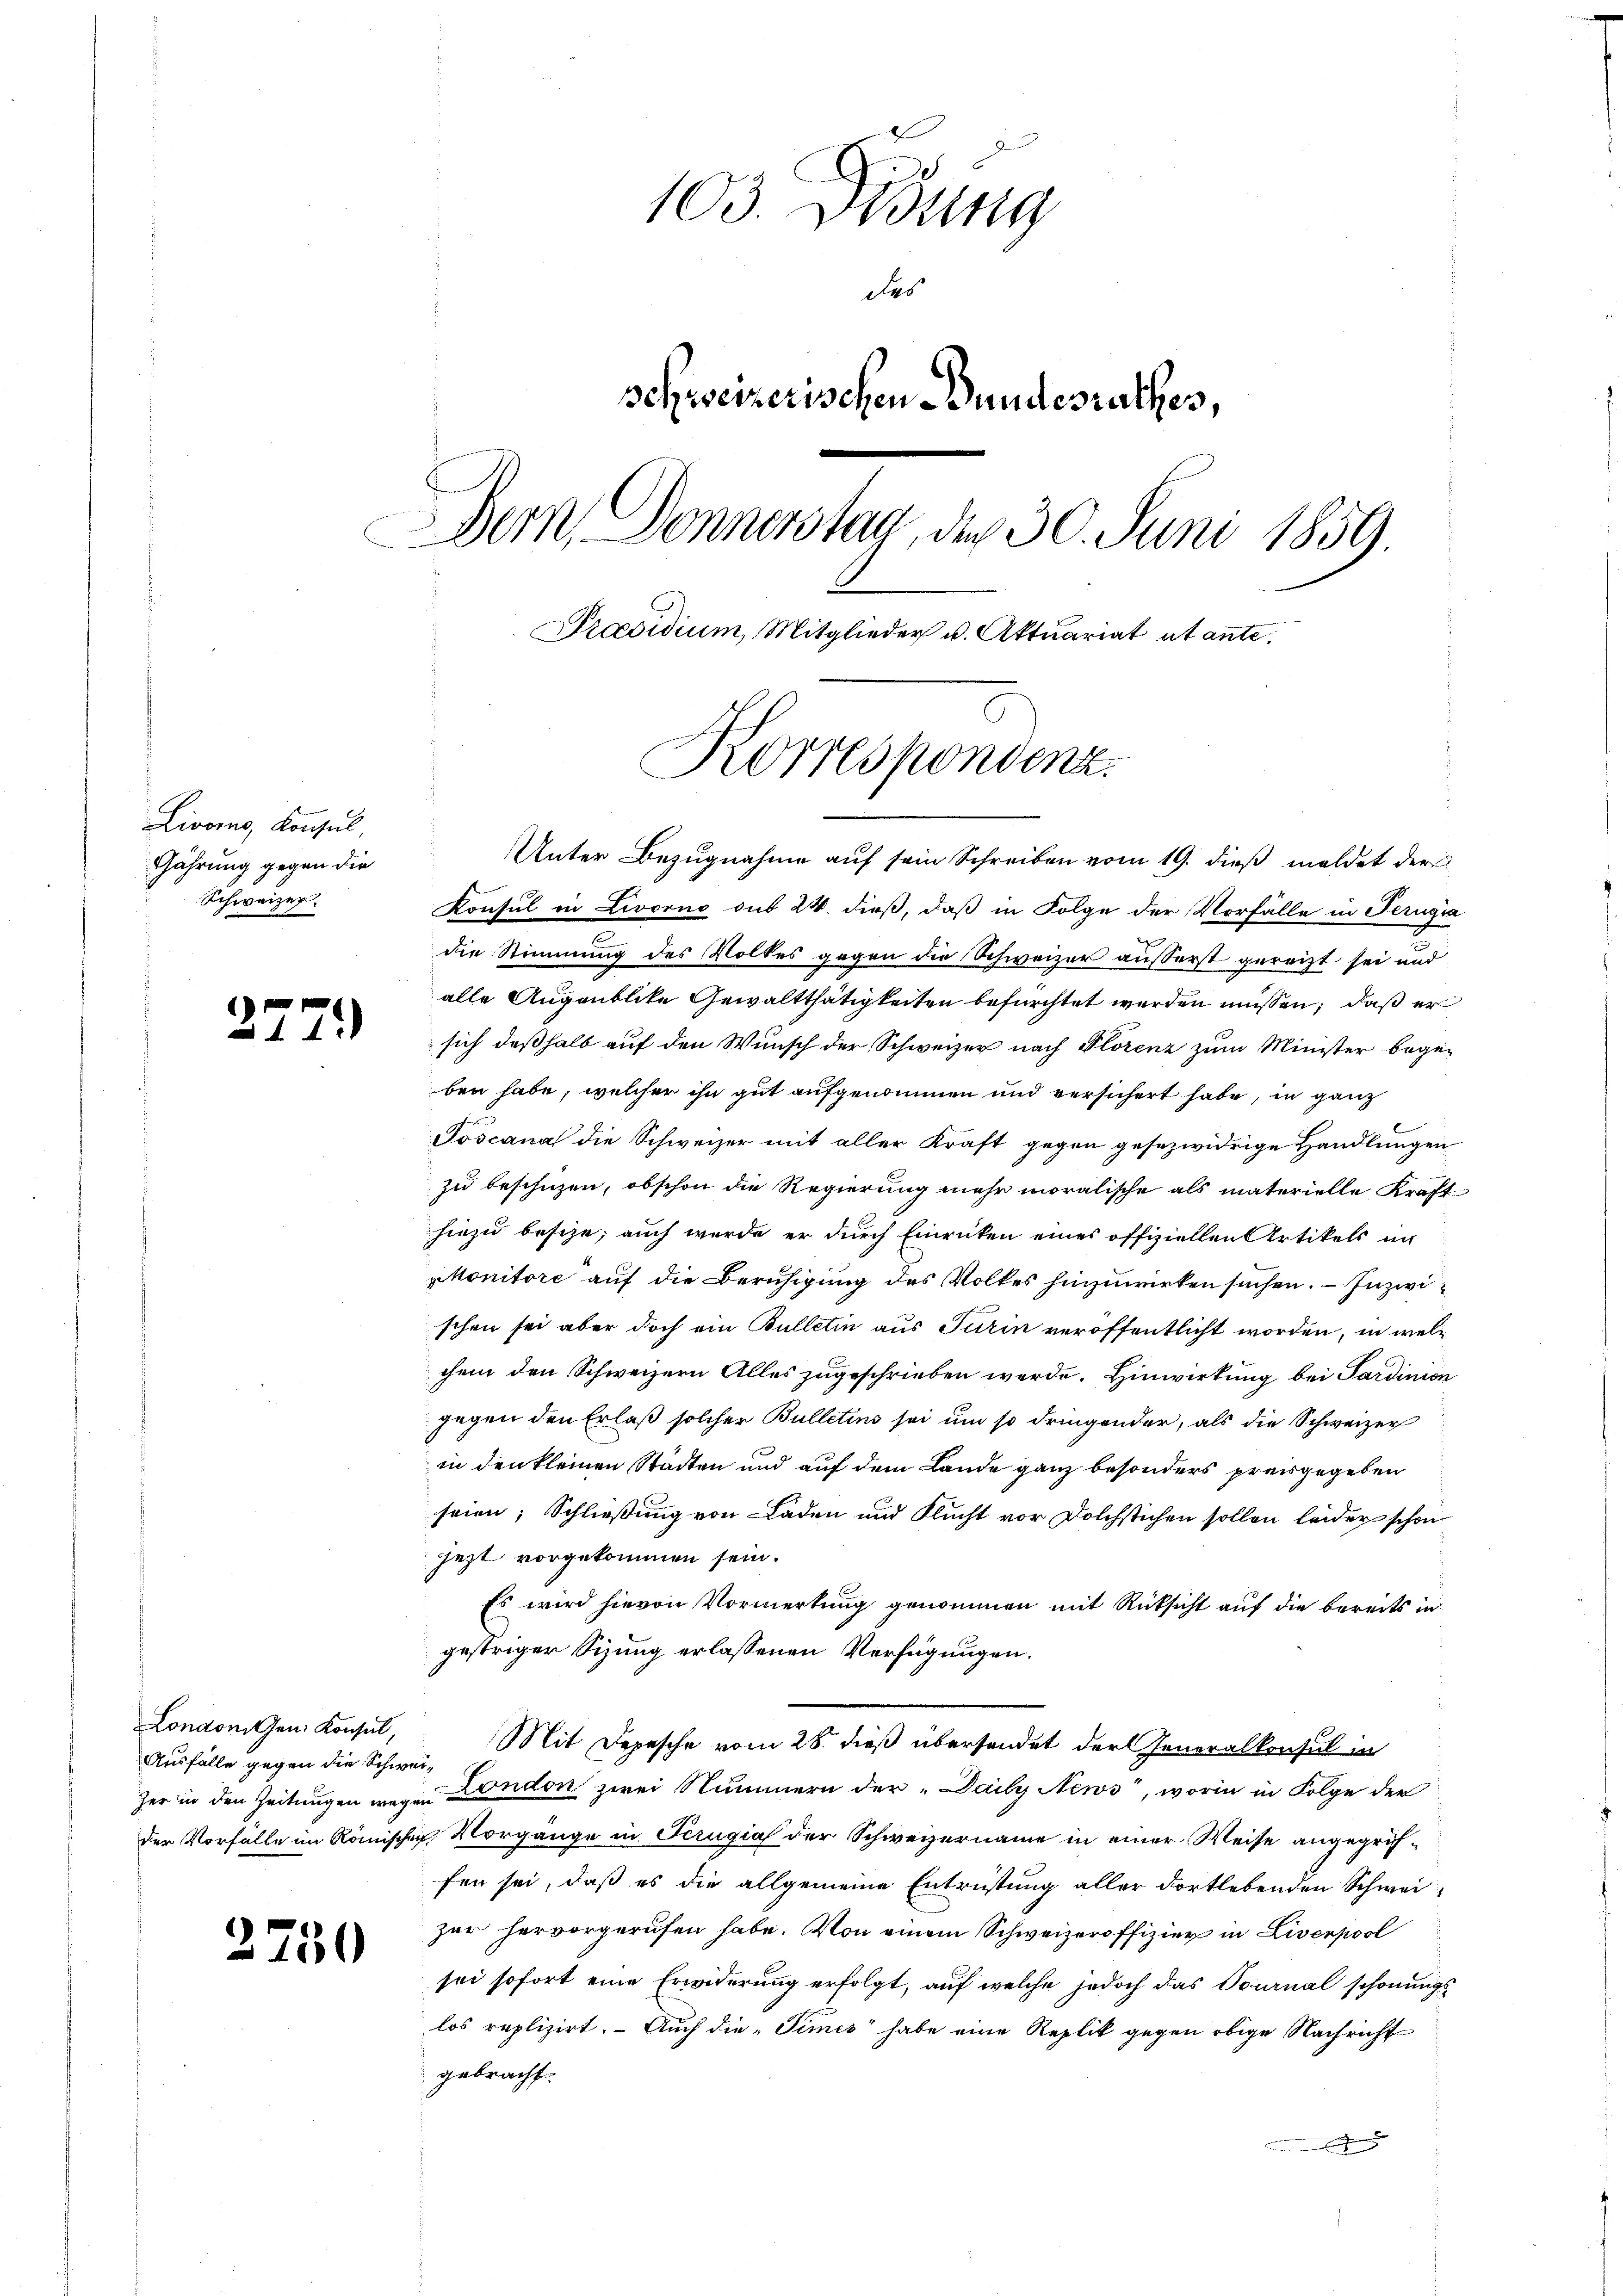
Livorns, Konsul,
Gährung gegen die
Schweizer.

277.)

Unter Bezugnahme auf sein Schreiben vom 19. dieß meldet der
Konsul in Livorno sub 24. dieß, daß in Folge der Vorfälle in Perugia
die Stimmung des Volkes gegen die Schweizer äußerst gereizt sei und
alle Augenblicke Gewaltthätigkeiten befürchtet werden müssen, daß er
sich deßhalb auf den Wunsch der Schweizer nach Florenz zum Minister begeben habe, welcher ihn gut aufgenommen und versichert habe, in ganz
Toscana die Schweizer mit aller Kraft gegen gesezwidrige Handlungen
zu beschüzen, obschon die Regierung mehr moralische als materielle Kraft
hiezu besize; auch wurde er durch Einricken eines offiziellen Artikels in
ptonitore auf die Beruhigung des Volkes hinzuwirken suchen. – Inzwi
schen sei aber doch ein Bulletin aus Turin veröffentlicht worden, in welchem den Schweizern Alles zugeschrieben werde. Hinwirkung bei Sardinien
gegen den Erlaß solcher Bulletins sei um so dringender, als die Schweizer
in den kleinen Städten und auf dem Lande ganz besonders preisgegeben
seien; Schließung von Laden und Flucht vor Dolchstichen sollen leider schon
jezt vorgekommen sein.
Es wird hievon Vormerkung genommen mit Rücksicht auf die bereits in
gestriger Sizung erlassenen Verfügungen.
Mit Depesche vom 28. dieß übersendet der Generalkonsul in
zer in den Zeitungen wegen London zwei Nummern der „Daily News“, worin in Folge der
der Vorfalle im Römischen Vorgänge in Perugia der Schweizername in einer Weise angegriffen sei, daß es die allgemeine Entrüstung aller dortlebenden Schweizur hervorgerufen habe. Von einem Schweizeroffizier in Liverpool
sei sofort eine Erwiderung erfolgt, auf welche jedoch das Vournal schonungslos replizirt. Auch die „Times habe eine Replik gegen obige Nachricht
gebracht.
un eine leichen

London. Gen. Konsul,
Ausfälle gegen die Schwei¬

2750

103. Didung
des
schweizerischen Bundesrathes,
Bern, Donnerstag, der 30. Juni 1859.
Praesidium, Mitglieder u. Aktuariat utante.

Korrespondenz.